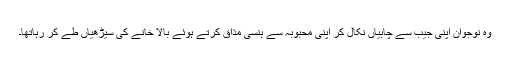
وہ نوجوان اپنی جیب سے چابیاں نِکال کر اپنی محبوبہ سے ہنسی مذاق کرتے ہوئے بالا خَانے کی سیڑھیاں طے کر رہاتھا۔